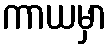
ကာယမှာ